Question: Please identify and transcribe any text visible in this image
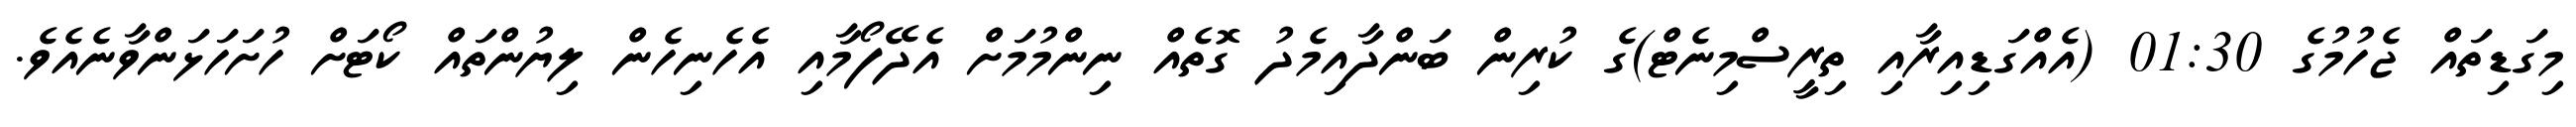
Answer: މިގަޑިތައް ޖެހުމުގެ 01:30 (އެއްގަޑިއިރާއި ތިރީސްމިނެޓް)ގެ ކުރިން ބަންދާއިމެދު ގޮތެއް ނިންމުމަށް އެދޭފޯމާއި އެހެނިހެން ލިޔުންތައް ކޯޓަށް ހުށަހަޅަންވާނެއެވެ.